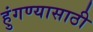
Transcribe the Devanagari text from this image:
हुंगण्यासाठी